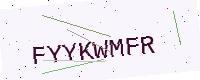
Text: FYYKWMFR